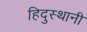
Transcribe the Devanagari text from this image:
हिदुस्थानी